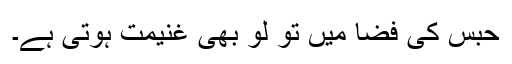
حبس کی فضا میں تو لُو بھی غنیمت ہوتی ہے۔